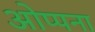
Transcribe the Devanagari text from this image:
ओप्पना